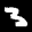
Label: 3